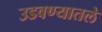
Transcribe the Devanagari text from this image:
उडवण्यातले